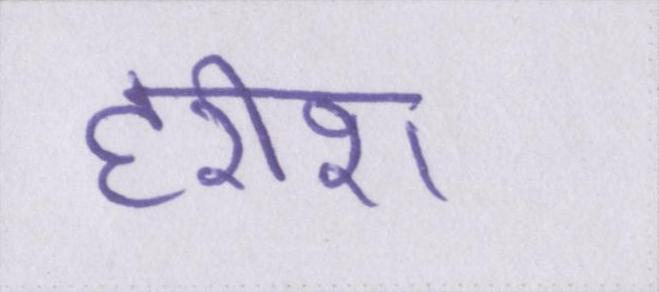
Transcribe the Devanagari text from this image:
हरीश